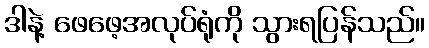
ဒါနဲ့ ဖေဖေ့အလုပ်ရုံကို သွားရပြန်သည်။